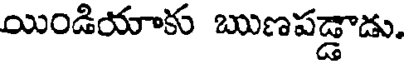
యిండియాకు ఋణపడ్డాడు.